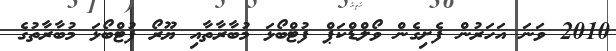
2010 ވަނަ އަހަރުން ފެށިގެން ވޯލްޑްކަޕް ފުޓްބޯޅަ މުބާރާތާއި ޔޫރޯ ފުޓްބޯޅަ މުބާރާތުގެ